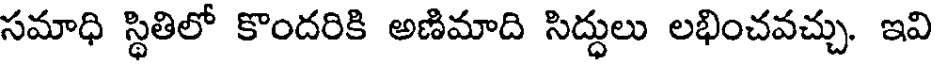
సమాధి స్థితిలో కొందరికి అణిమాది సిద్దులు లభించవచ్చు. ఇవి